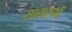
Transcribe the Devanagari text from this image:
सायरनों